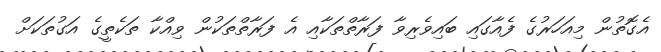
އެގޮތުން މިއަހަރުގެ ފެއާގައި ބައިވެރިވާ ފަރާތްތަކާއި އެ ފަރާތްތަކުން ވިއްކާ ތަކެތީގެ އަގުތަކަށް